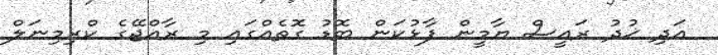
އަދި ޚުދު ރައީސް ޔާމީން ފާޅުކަން ބޮޑު ގޮތެއްގައި މި ރާއްޖޭގެ ކްރިމިނަލް